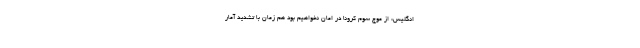
انگلیس: از موج سوم کرونا در امان نخواهیم بود هم زمان با تشدید آمار